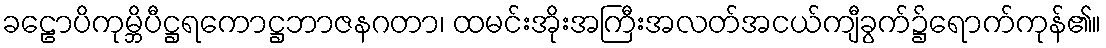
ခဠောပိကုမ္ဘိပီဋ္ဌရကောဋ္ဌဘာဇနဂတာ၊ ထမင်းအိုးအကြီးအလတ်အငယ်ကျီခွက်၌ရောက်ကုန်၏။